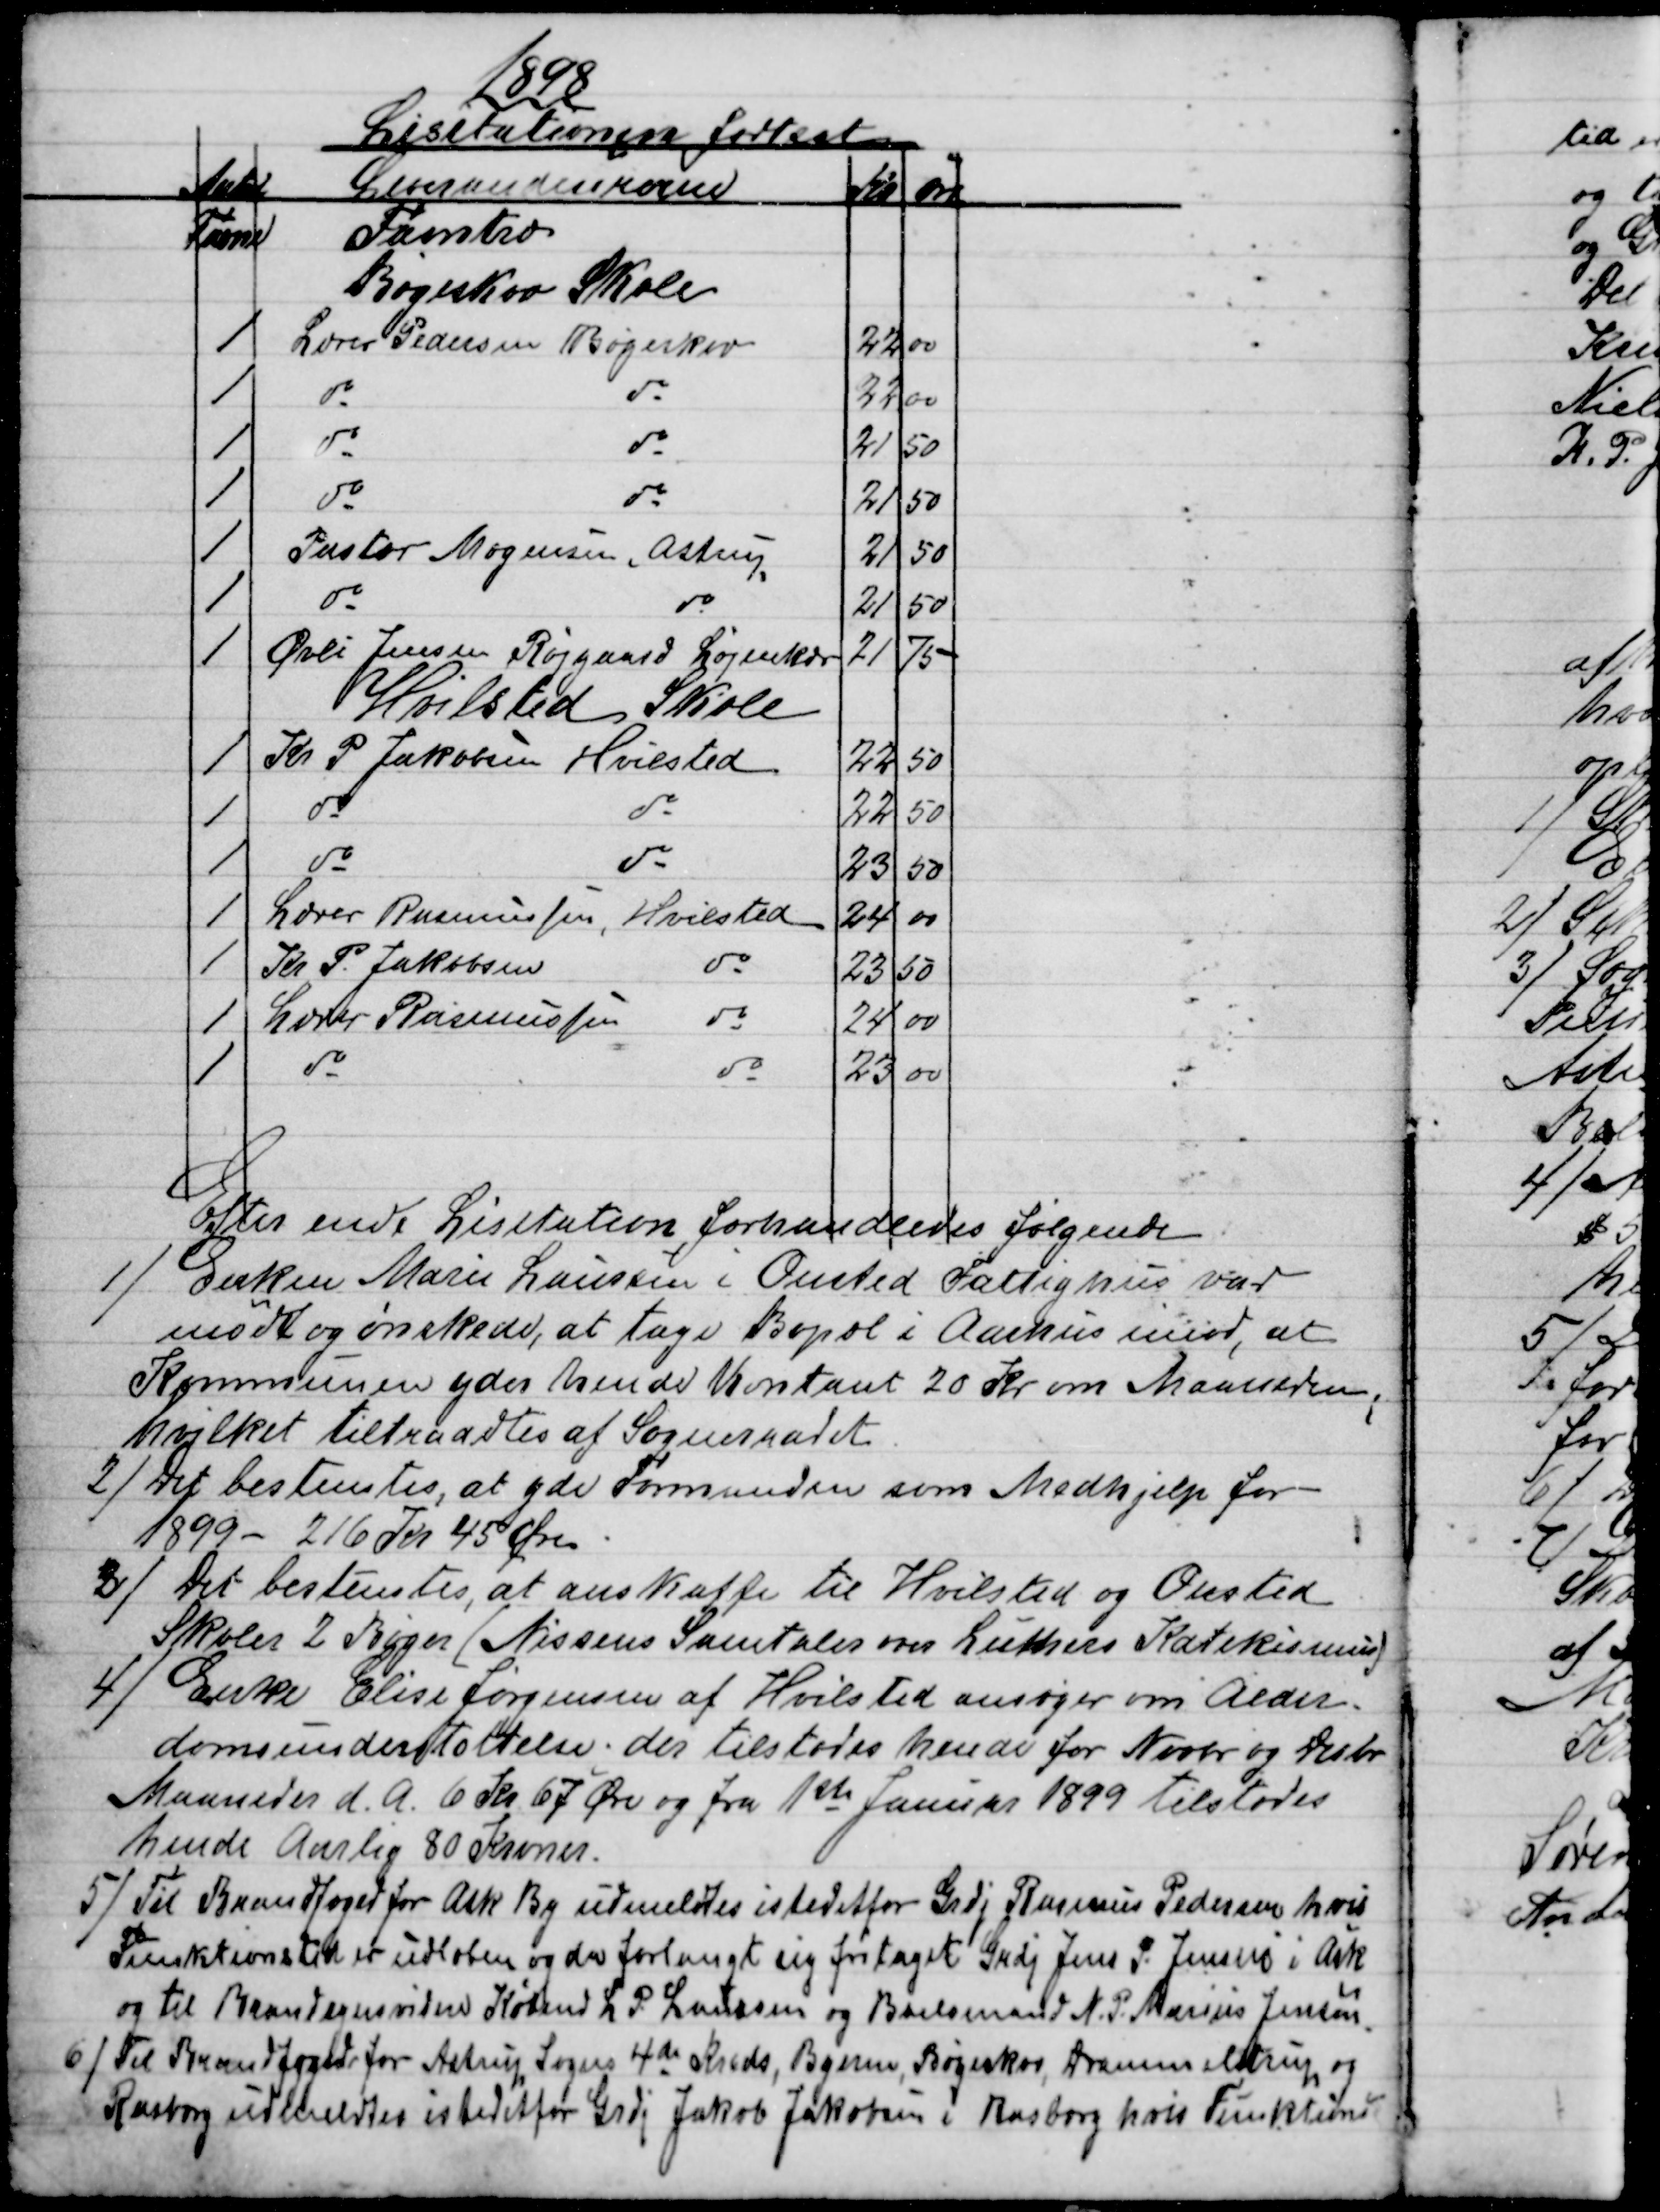
Transskription:
1898
Lisitationen fortsat
Antal
Leverandeurerne
Kr
Øre
Favne
Favntræ
Bøgeskov Skole
1
Lærer Pedersen Bøgeskov
22
00
1
do
do
22
00
1
do
do
21
50
1
do
do
21
50
1
Pastor Mogensen, Astrup
21
50
1
do
do
21
50
1
Øvli Jensen Røjgaard Løjenkær
21
75
Hvilsted Skole
1
Kr P Jakobsen Hvilsted
22
50
1
do
do
22
50
1
do
do
23
50
1
Lærer Rasmussen, Hvilsted
24
00
1
Kr P. Jakobsen 
do
23
50
1
Lærer Rasmussen 
do
24
00
1
do
do
23
00
Efter endt Lisitation forhandledes følgende
1) 
Enken Marie Laursen i Onsted Fattighus var
mødt og ønskede, at tage Bopæl i Aarhus imod, at
Kommunen yder hende Kontant 20 Kr om Maaneden;
hvilket tiltraadtes af Sogneraadet.
2)
Det bestemtes, at yde Formanden som Medhjelp for
1899 - 216 Kr 45 Øre
3)
Det bestemtes, at anskaffe til Hvilsted og Onsted
Skoler 2 Bøger (Nissens Samtaler over Luthers Katekismus).
4)
Enke Elise Jørgensen af Hvilsted ansøger om Alder-
domsunderstøttelse; der tilstodes hende for Novbr og Decbr
Maaneder d. A. 6 Kr. 67 Øre og fra 1ste Januar 1899 tilstodes
hende Aarlig 80 Kroner.
5)
Til Brandfoged for Ask By udmeldtes istedetfor Grdj Rasmus Pedersen hvis
Funktionstid et udløben og da forlangt sig fritaget Grdj Jens P. Jensen i Ask
og til Brandsynsvidne Købmd L P Laursen og Boelsmand N P Marius Jensen.
6) 
Til Brandfoged for Astrup Sogns 4de Kreds, Byerne, Bøgeskov, Drammelstrup og
Rasborg udmeldtes istedetfor Grdj Jakob Jakobsen i Rasborg hvis Funktions-